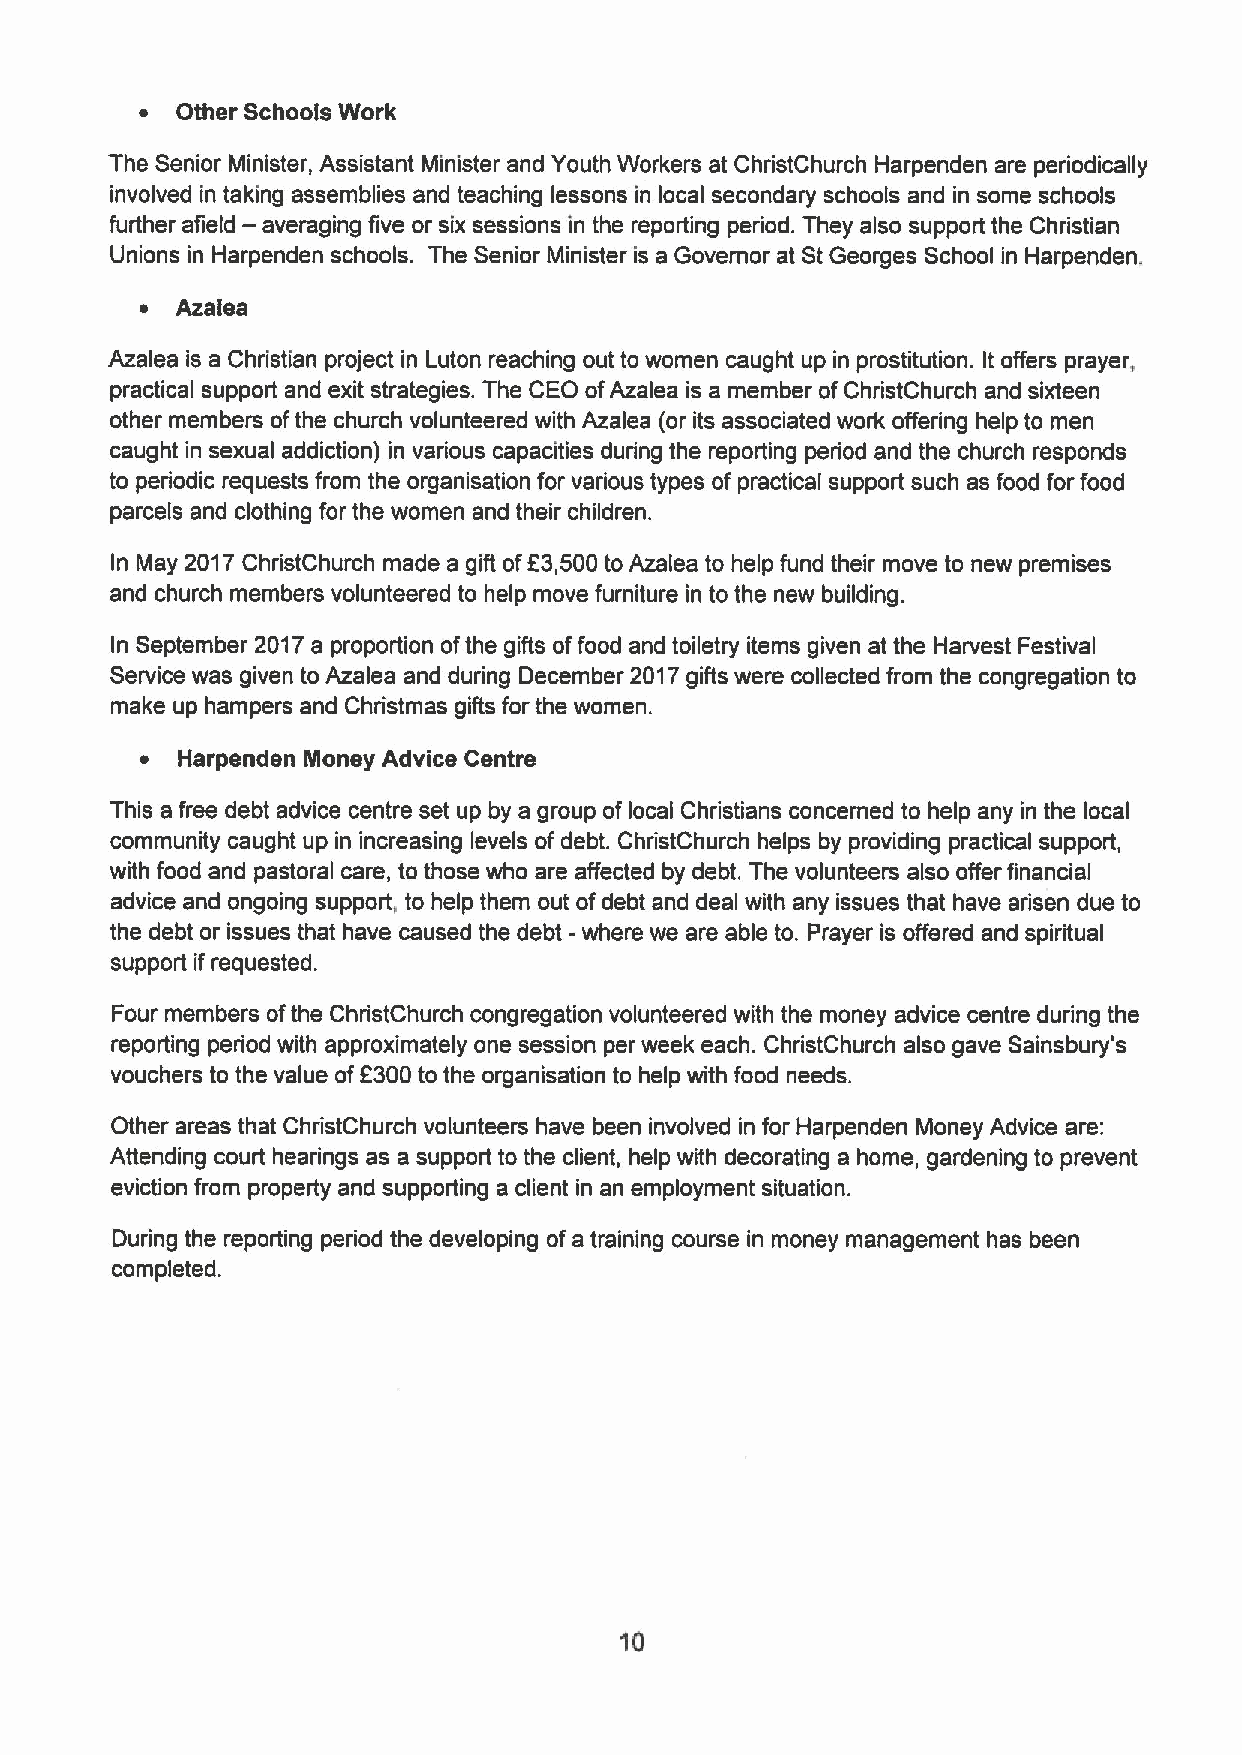
~  Other Schools Work
 The Senior Minister, Assistant Minister and Youth Workers at ChristChurch Harpenden are periodically
 involved in taking assemblies and teaching lessons in local secondary schools and in some schools
 —
 further afield averaging five or six sessions in the reporting period. They also support the Christian
 Unions in Harpenden schools. The Senior Minister is a Governor at St Georges School in Harpenden.
 ~  Azalea
 Azalea is a Christian project in Luton reaching out to women caught up in prostitution. It offers prayer,
 practical support and exit strategies. The CEO ofAzalea is a member of ChristChurch and sixteen
 other members ofthe church volunteered with Azalea (or its associated work offering help to men
 caught in sexual addiction) in various capacities during the reporting period and the church responds
 to periodic requests from the organisation for various types of practical support such as food for food
 parcels and clothing for the women and their children.
 In May 2017ChristChurch made a gift ofK3,500 to Azalea to help fund their move to new premises
 and church members volunteered to help move furniture in to the new building.
 In September 2017a proportion ofthe gifts offood and toiletry items given at the Harvest Festival
 Service was given to Azalea and during December 2017gifts were collected from the congregation to
 make up hampers and Christmas gifts for the women.
 ~  Harpenden Money Advice Centre
 This a free debt advice centre set up by a group of local Christians concerned to help any in the local
 community caught up in increasing levels of debt. ChdistChurch helps by providing practical support,
 with food and pastoral care, to those who are affected by debt. The volunteers also offer financial
 advice and ongoing support, to help them out ofdebt and deal with any issues that have adisen due to
 the debt or issues that have caused the debt - where we are able to. Prayer is offered and spiritual
 support if requested.
 Four members ofthe ChristChurch congregation volunteered with the money advice centre during the
 reporting period with approximately one session per week each. ChristChurch also gave Sainsbury's
 vouchers to the value ofK300to the organisation to help with food needs.
 Other areas that ChristChurch volunteers have been involved in for Harpenden Money Advice are:
 Attending court hearings as a support to the client, help with decorating a home, gardening to prevent
 eviction from property and supporting a client in an employment situation.
 During the reporting period the developing ofa training course in money management has been
 completed.
 10